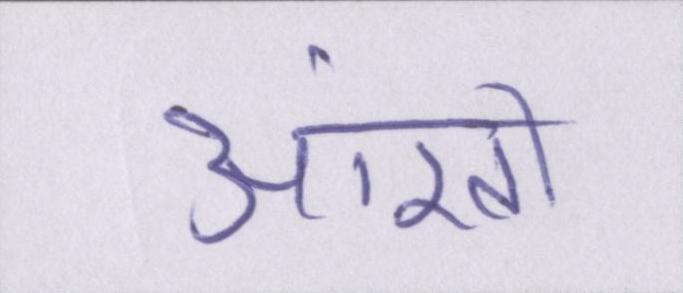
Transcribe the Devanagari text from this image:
आंखों